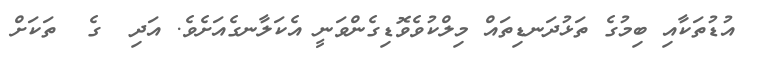
އުޑުތަކާއި ބިމުގެ ތަޅުދަނޑިތައް މިލްކުވެވޮޑިގެންވަނީ އެކަލާނގެއަށެވެ. އަދި  ގެ  ތަކަށް